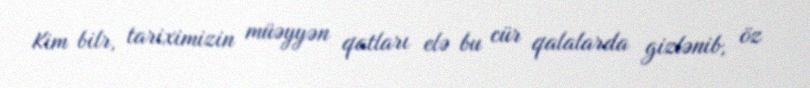
Kim bilr, tariximizin müəyyən qatları elə bu cür qalalarda gizlənib, öz